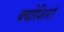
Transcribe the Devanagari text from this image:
क्योशिरो